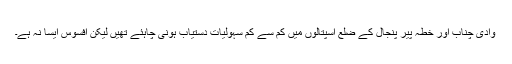
وادی چناب اور خطہ پیر پنجال کے ضلع اسپتالوں میں کم سے کم سہولیات دستیاب ہونی چاہئے تھیں لیکن افسوس ایسا نہ ہے۔